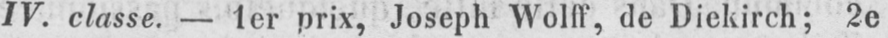
IV. classe. - 1er prix, Joseph Wolff, de Diekirch; 2e